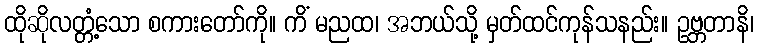
ထိုဆိုလတ္တံ့သော စကားတော်ကို။ ကိံ မညထ၊ အဘယ်သို့ မှတ်ထင်ကုန်သနည်း။ ဥဗ္ဘတာနိ၊